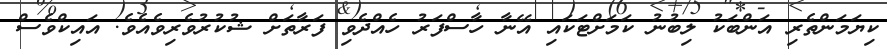
ކިޔަމަންތެރި އަންބަކު ލިބުނު ކަމަށްޓަކައި އޭނާ ހާސްފަރު ހެއްދެވި ފަރާތަށް ޝުކުރުވެރިވެއެވެ. އައިކްވެސް